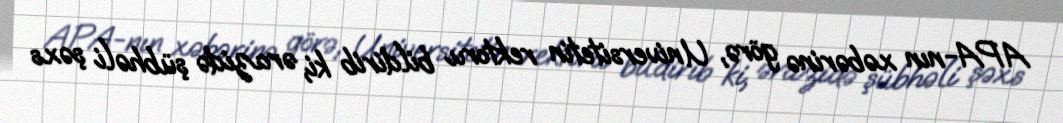
APA-nın xəbərinə görə, Universitetin rektoru bildirib ki, ərazidə şübhəli şəxs